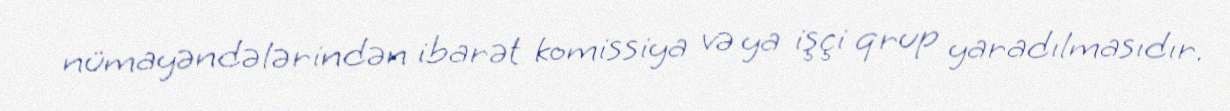
nümayəndələrindən ibarət komissiya və ya işçi qrup yaradılmasıdır.